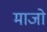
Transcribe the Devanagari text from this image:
माजो